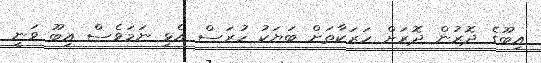
އިބޫގެ ދޮރުން ދޮރަށް ހަރަކާތަށް ބަޔަކު ހުރަސް އެޅި ނަމަވެސް އިބޫ ވަނީ